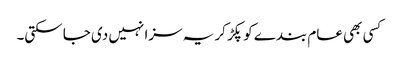
کسی بھی عام بندے کو پکڑ کر یہ سزا نہیں دی جا سکتی۔